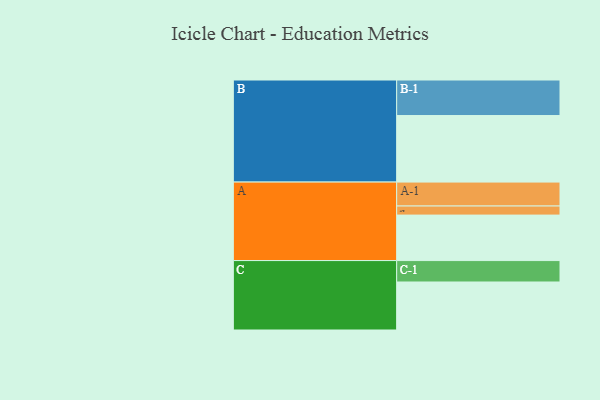
{"axis": {"x": "Segment", "y": "Value"}, "legend": ["", "A", "B", "C"], "data": [{"x": "A", "y": 361, "type": ""}, {"x": "B", "y": 528, "type": ""}, {"x": "C", "y": 381, "type": ""}, {"x": "A-1", "y": 190, "type": "A"}, {"x": "A-2", "y": 72, "type": "A"}, {"x": "B-1", "y": 282, "type": "B"}, {"x": "C-1", "y": 170, "type": "C"}]}